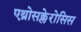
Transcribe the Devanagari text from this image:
एथ्रोसक्लेरोसिस